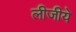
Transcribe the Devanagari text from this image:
लीजीये